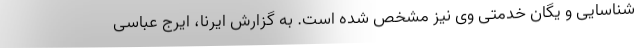
شناسایی و یگان خدمتی وی نیز مشخص شده است. به گزارش ایرنا، ایرج عباسی